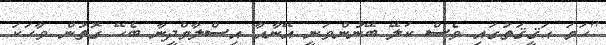
''ހަމަ ޙަޤީޤަތުގައި ވެސް ކަލޭ ބޭނުންވަނީ އޭނާއާ އިސްލާމްދީނާ ބެހޭ ގޮތުން ވާހަކަ